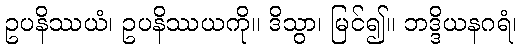
ဥပနိဿယံ၊ ဥပနိဿယကို။ ဒိသွာ၊ မြင်၍။ ဘဒ္ဒိယနဂရံ၊